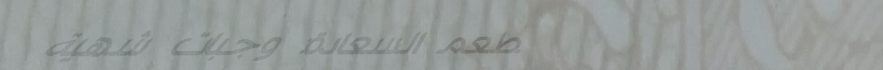
مطعم السعادة: وجبات شهية